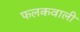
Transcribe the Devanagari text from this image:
फलकवाली